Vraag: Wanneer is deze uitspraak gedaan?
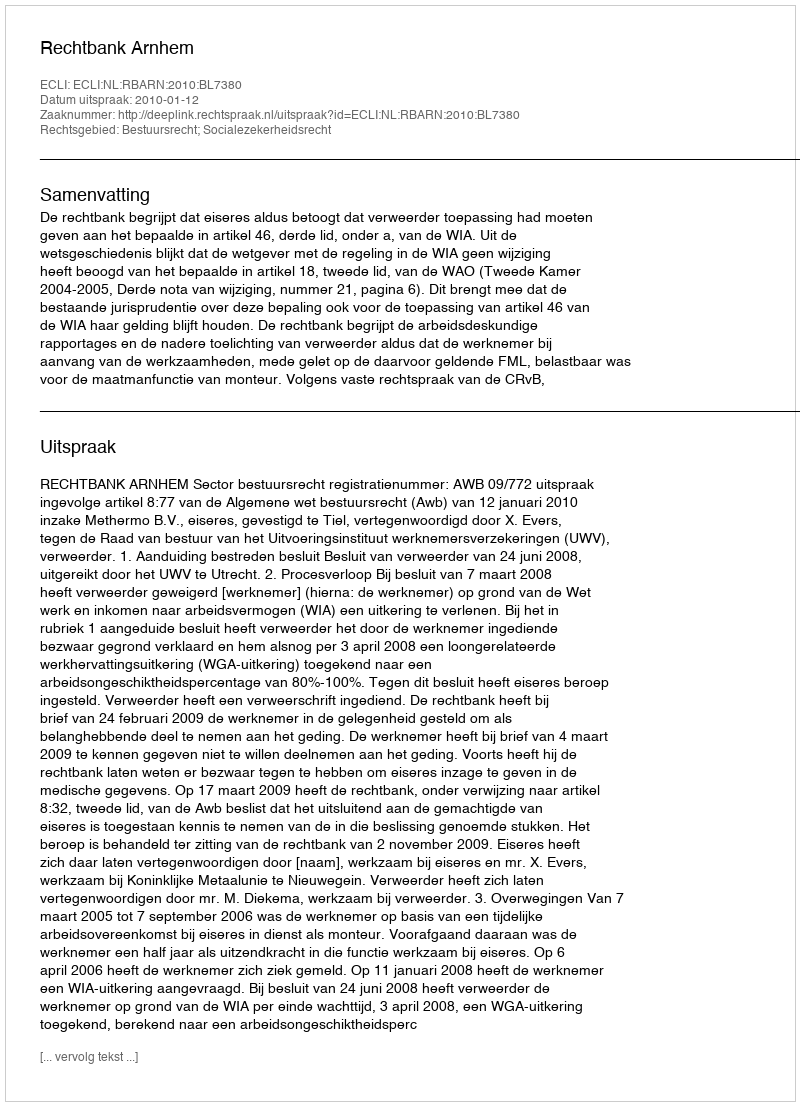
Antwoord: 2010-01-12